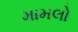
મામલો